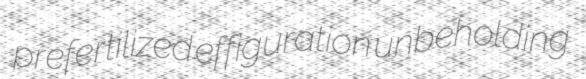
prefertilized effiguration unbeholding